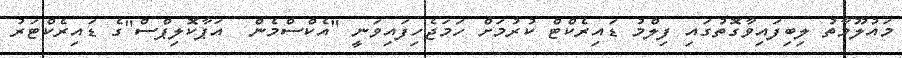
މައުލޫމާތު ލިބިފައިވާގޮތުގައި ފިލްމު ޑައިރެކްޓް ކުރުމަށް ހަމަޖެހިފައިވަނީ "އެކްސްމެން  އަޕާކޮލިޕްސް"ގެ ޑައިރެކްޓަރު